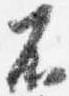
不